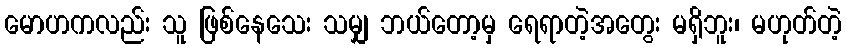
မောဟကလည်း သူ ဖြစ်နေသေး သမျှ ဘယ်တော့မှ ရေရာတဲ့အတွေး မရှိဘူး၊ မဟုတ်တဲ့